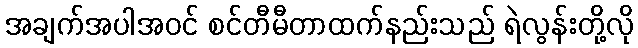
အချက်အပါအဝင် စင်တီမီတာထက်နည်းသည် ရဲလွန်းတို့လို